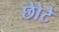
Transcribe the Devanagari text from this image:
छोेटे